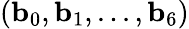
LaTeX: (\mathbf{b}_{0},\mathbf{b}_{1},...,\mathbf{b}_{6})